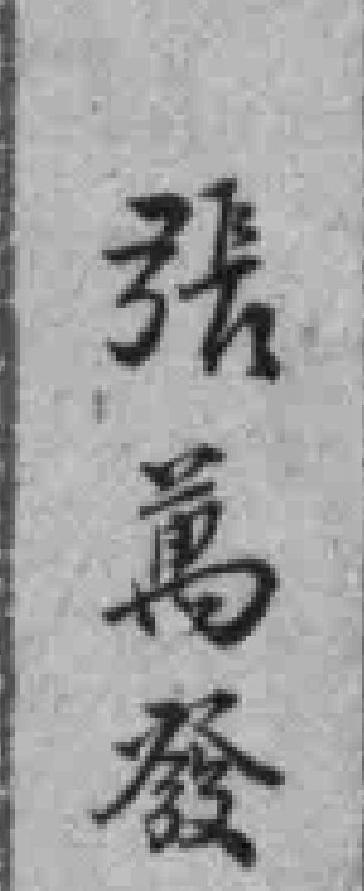
張萬發